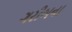
ગરીબના